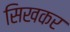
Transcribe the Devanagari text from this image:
सिखकर